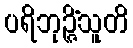
ပရိဘုဉ္ဇိံသူတိ